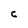
Character: C